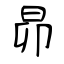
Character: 昴